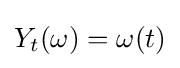
Y_{t}(\omega )=\omega (t)